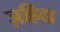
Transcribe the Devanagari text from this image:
ज़हिदा